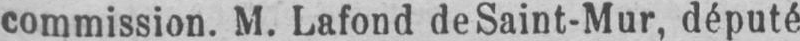
commission. M. Lafond de Saint-Mur, député